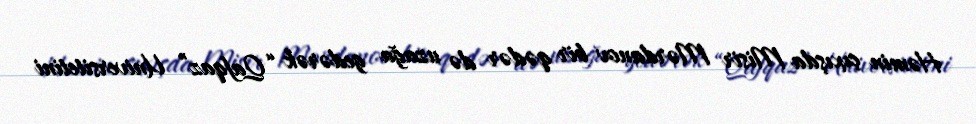
Həmin çıxışda Misir Mərdanov bir qədər də uzağa gedərək “Qafqaz” Universitetini